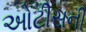
ઓટીસની